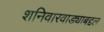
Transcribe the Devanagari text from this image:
शनिवारवाड्याबद्दल